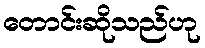
တောင်းဆိုသည်ဟု